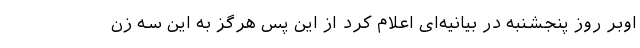
اوبر روز پنجشنبه در بیانیه‌ای اعلام کرد از این پس هرگز به این سه زن